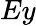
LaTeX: Ey